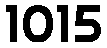
1015